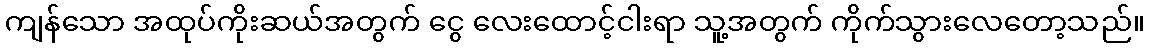
ကျန်သော အထုပ်ကိုးဆယ်အတွက် ငွေ လေးထောင့်ငါးရာ သူ့အတွက် ကိုက်သွားလေတော့သည်။